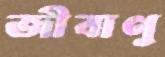
জীবাণু